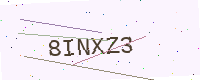
Text: 8INXZ3